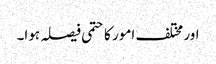
اور مختلف امور کا حتمی فیصلہ ہوا۔